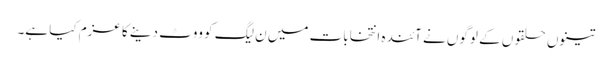
تینوں حلقوں کے لوگوں نے آئندہ انتخابات میں ن لیگ کو ووٹ دینے کا عزم کیا ہے۔